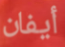
أيفان